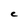
Character: C